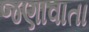
જણાવાતા